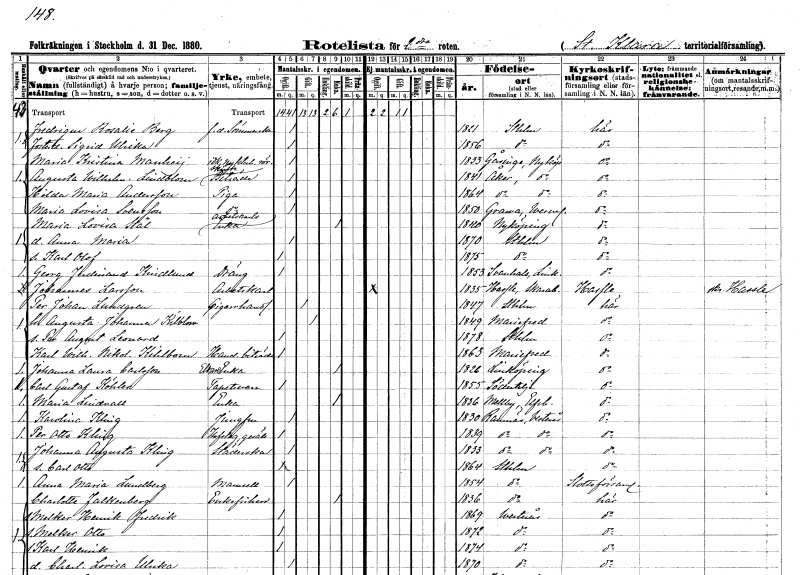
gt_parse: households: individuals: FN: Fredrique Rosalie
EN: Berg
YRKE: Sömmerska f.d.
KON: K
CIV: O
FODAR: 1821
FODFORS: Stockholm
FN: Sigrid Ulrika
KON: K
CIV: O
FODAR: 1856
FODFORS: Stockholm
FN: Maria Kristina
EN: Manheij
YRKE: Nykterhetsrörelseidkare
KON: K
CIV: O
FODAR: 1833
FODFORS: Gåsinge Södermanlands län
FN: Augusta Wilhelmina
EN: Lindblom
YRKE: Skänkbiträde
KON: K
CIV: O
FODAR: 1841
FODFORS: Åker Södermanlands län
FN: Hilda Maria
EN: Andersson
YRKE: Piga
KON: K
CIV: O
FODAR: 1864
FODFORS: Åker Södermanlands län
FN: Maria Lovisa
EN: Svensson
YRKE: Piga
KON: K
CIV: O
FODAR: 1850
FODFORS: Grava Värmlands län
FN: Maria Lovisa
EN: Stål
YRKE: Arbetskarlsänka
KON: K
CIV: E
FODAR: 1840
FODFORS: Nyköping Södermanlands län
FN: Anna Maria
KON: K
CIV: O
FODAR: 1870
FODFORS: Stockholm
FN: Karl Olof
KON: M
CIV: O
FODAR: 1875
FODFORS: Stockholm
FN: Georg Ferdinand
EN: Kindlund
YRKE: Dräng
KON: M
CIV: O
FODAR: 1853
FODFORS: Svanshals Östergötlands län
FN: Johannes
EN: Larsson
YRKE: Arbetskarl
KON: M
CIV: O
FODAR: 1835
FODFORS: Hassle Skaraborgs län
FN: Per Johan
EN: Lundgren
YRKE: Cigarrhandlare
KON: M
CIV: G
FODAR: 1847
FODFORS: Stockholm
FN: Augusta Johanna
EN: Kilblom
KON: K
CIV: G
FODAR: 1849
FODFORS: Mariefred Södermanlands län
FN: Per August Leonard
KON: M
CIV: O
FODAR: 1878
FODFORS: Stockholm
FN: Karl Wilhelm Nikolaus
EN: Kihlbom
YRKE: Handelsbiträde
KON: M
CIV: O
FODAR: 1863
FODFORS: Mariefred Södermanlands län
FN: Johanna Laura
EN: Carlsson
YRKE: Eldareänka
KON: K
CIV: E
FODAR: 1826
FODFORS: Linköping Östergötlands län
FN: Carl Gustaf
EN: Köhler
YRKE: Tapetserare
KON: M
CIV: O
FODAR: 1855
FODFORS: Södertälje Stockholms län
FN: Maria
EN: Lindvall
YRKE: Änka
KON: K
CIV: E
FODAR: 1836
FODFORS: Stora Mellby Älvsborgs län
FN: Karolina
EN: Kling
YRKE: Jungfru
KON: K
CIV: O
FODAR: 1830
FODFORS: Ramnäs Västmanlands län
FN: Per Otto
EN: Kling
YRKE: Hovslagaregesäll
KON: M
CIV: O
FODAR: 1839
FODFORS: Ramnäs Västmanlands län
FN: Johanna Augusta
EN: Kling
YRKE: Städerska
KON: K
CIV: O
FODAR: 1833
FODFORS: Ramnäs Västmanlands län
FN: Carl Otto
KON: M
CIV: O
FODAR: 1864
FODFORS: Stockholm
FN: Anna Maria
EN: Lundberg
KON: K
CIV: O
FODAR: 1854
FODFORS: Stockholm